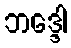
ဘဒ္ဒေါ